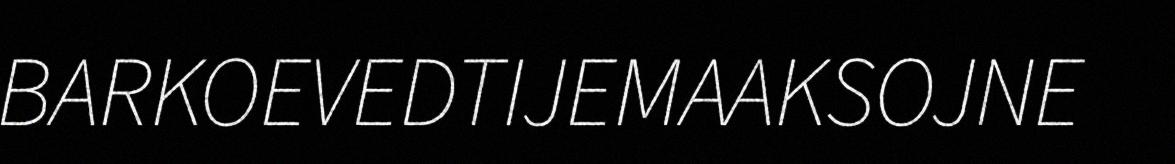
BARKOEVEDTIJEMAAKSOJNE